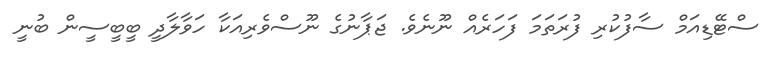
ސްޓޭޑިއަމް ސާފުކުރި ފުރަތަމަ ފަހަރެއް ނޫނެވެ. ޖަޕާނުގެ ނޫސްވެރިއަކާ ހަވާލާދީ ބީބީސީން ބުނީ